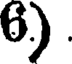
6)